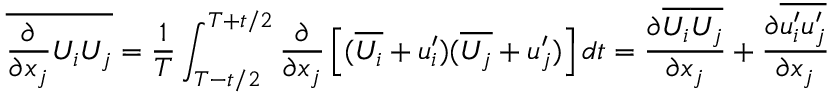
\overline { { { \frac { \partial } { \partial x _ { j } } } U _ { i } U _ { j } } } = { \frac { 1 } { T } } \int _ { T - t / 2 } ^ { T + t / 2 } { \frac { \partial } { \partial x _ { j } } } \left[ ( \overline { { U _ { i } } } + u _ { i } ^ { \prime } ) ( \overline { { U _ { j } } } + u _ { j } ^ { \prime } ) \right] d t = { \frac { \partial \overline { { U _ { i } } } \overline { { U _ { j } } } } { \partial x _ { j } } } + { \frac { \partial \overline { { u _ { i } ^ { \prime } u _ { j } ^ { \prime } } } } { \partial x _ { j } } }